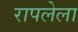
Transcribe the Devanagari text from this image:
रापलेला